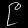
Digit: ၉